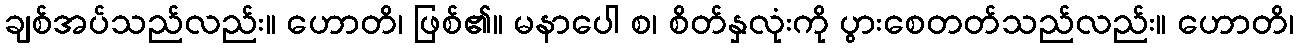
ချစ်အပ်သည်လည်း။ ဟောတိ၊ ဖြစ်၏။ မနာပေါ စ၊ စိတ်နှလုံးကို ပွားစေတတ်သည်လည်း။ ဟောတိ၊